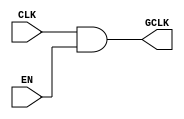
module clock_gating(
    input wire CLK,      // Primary clock signal
    input wire EN,       // Enable signal for the memory block
    output wire GCLK     // Gated clock signal for the memory block
);

// AND gate configuration for clock gating
assign GCLK = CLK & EN; // Gated clock output

endmodule